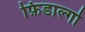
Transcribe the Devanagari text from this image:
फ़िडाल्गो